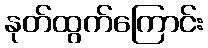
နုတ်ထွက်ကြောင်း